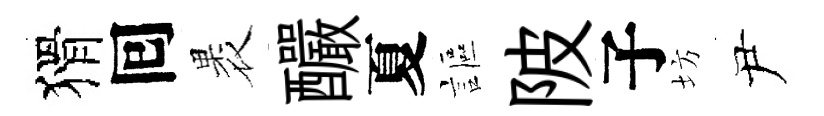
猾囘褁釅夏謳陂子坊尹